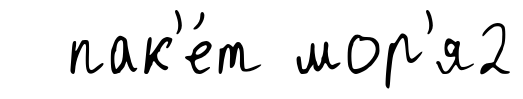
пак'е́т мор'я2